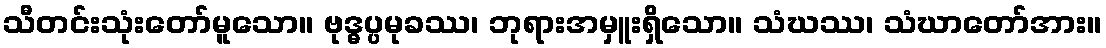
သီတင်းသုံးတော်မူသော။ ဗုဒ္ဓပ္ပမုခဿ၊ ဘုရားအမှူးရှိသော။ သံဃဿ၊ သံဃာတော်အား။